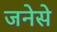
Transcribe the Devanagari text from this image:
जनेसे